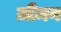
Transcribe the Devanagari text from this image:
ज़ीमन